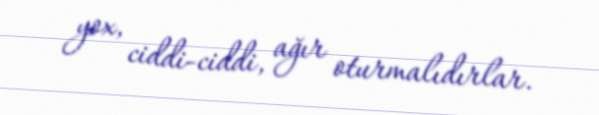
yox, ciddi-ciddi, ağır oturmalıdırlar.